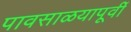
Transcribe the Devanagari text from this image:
पावसाळयापूर्वी